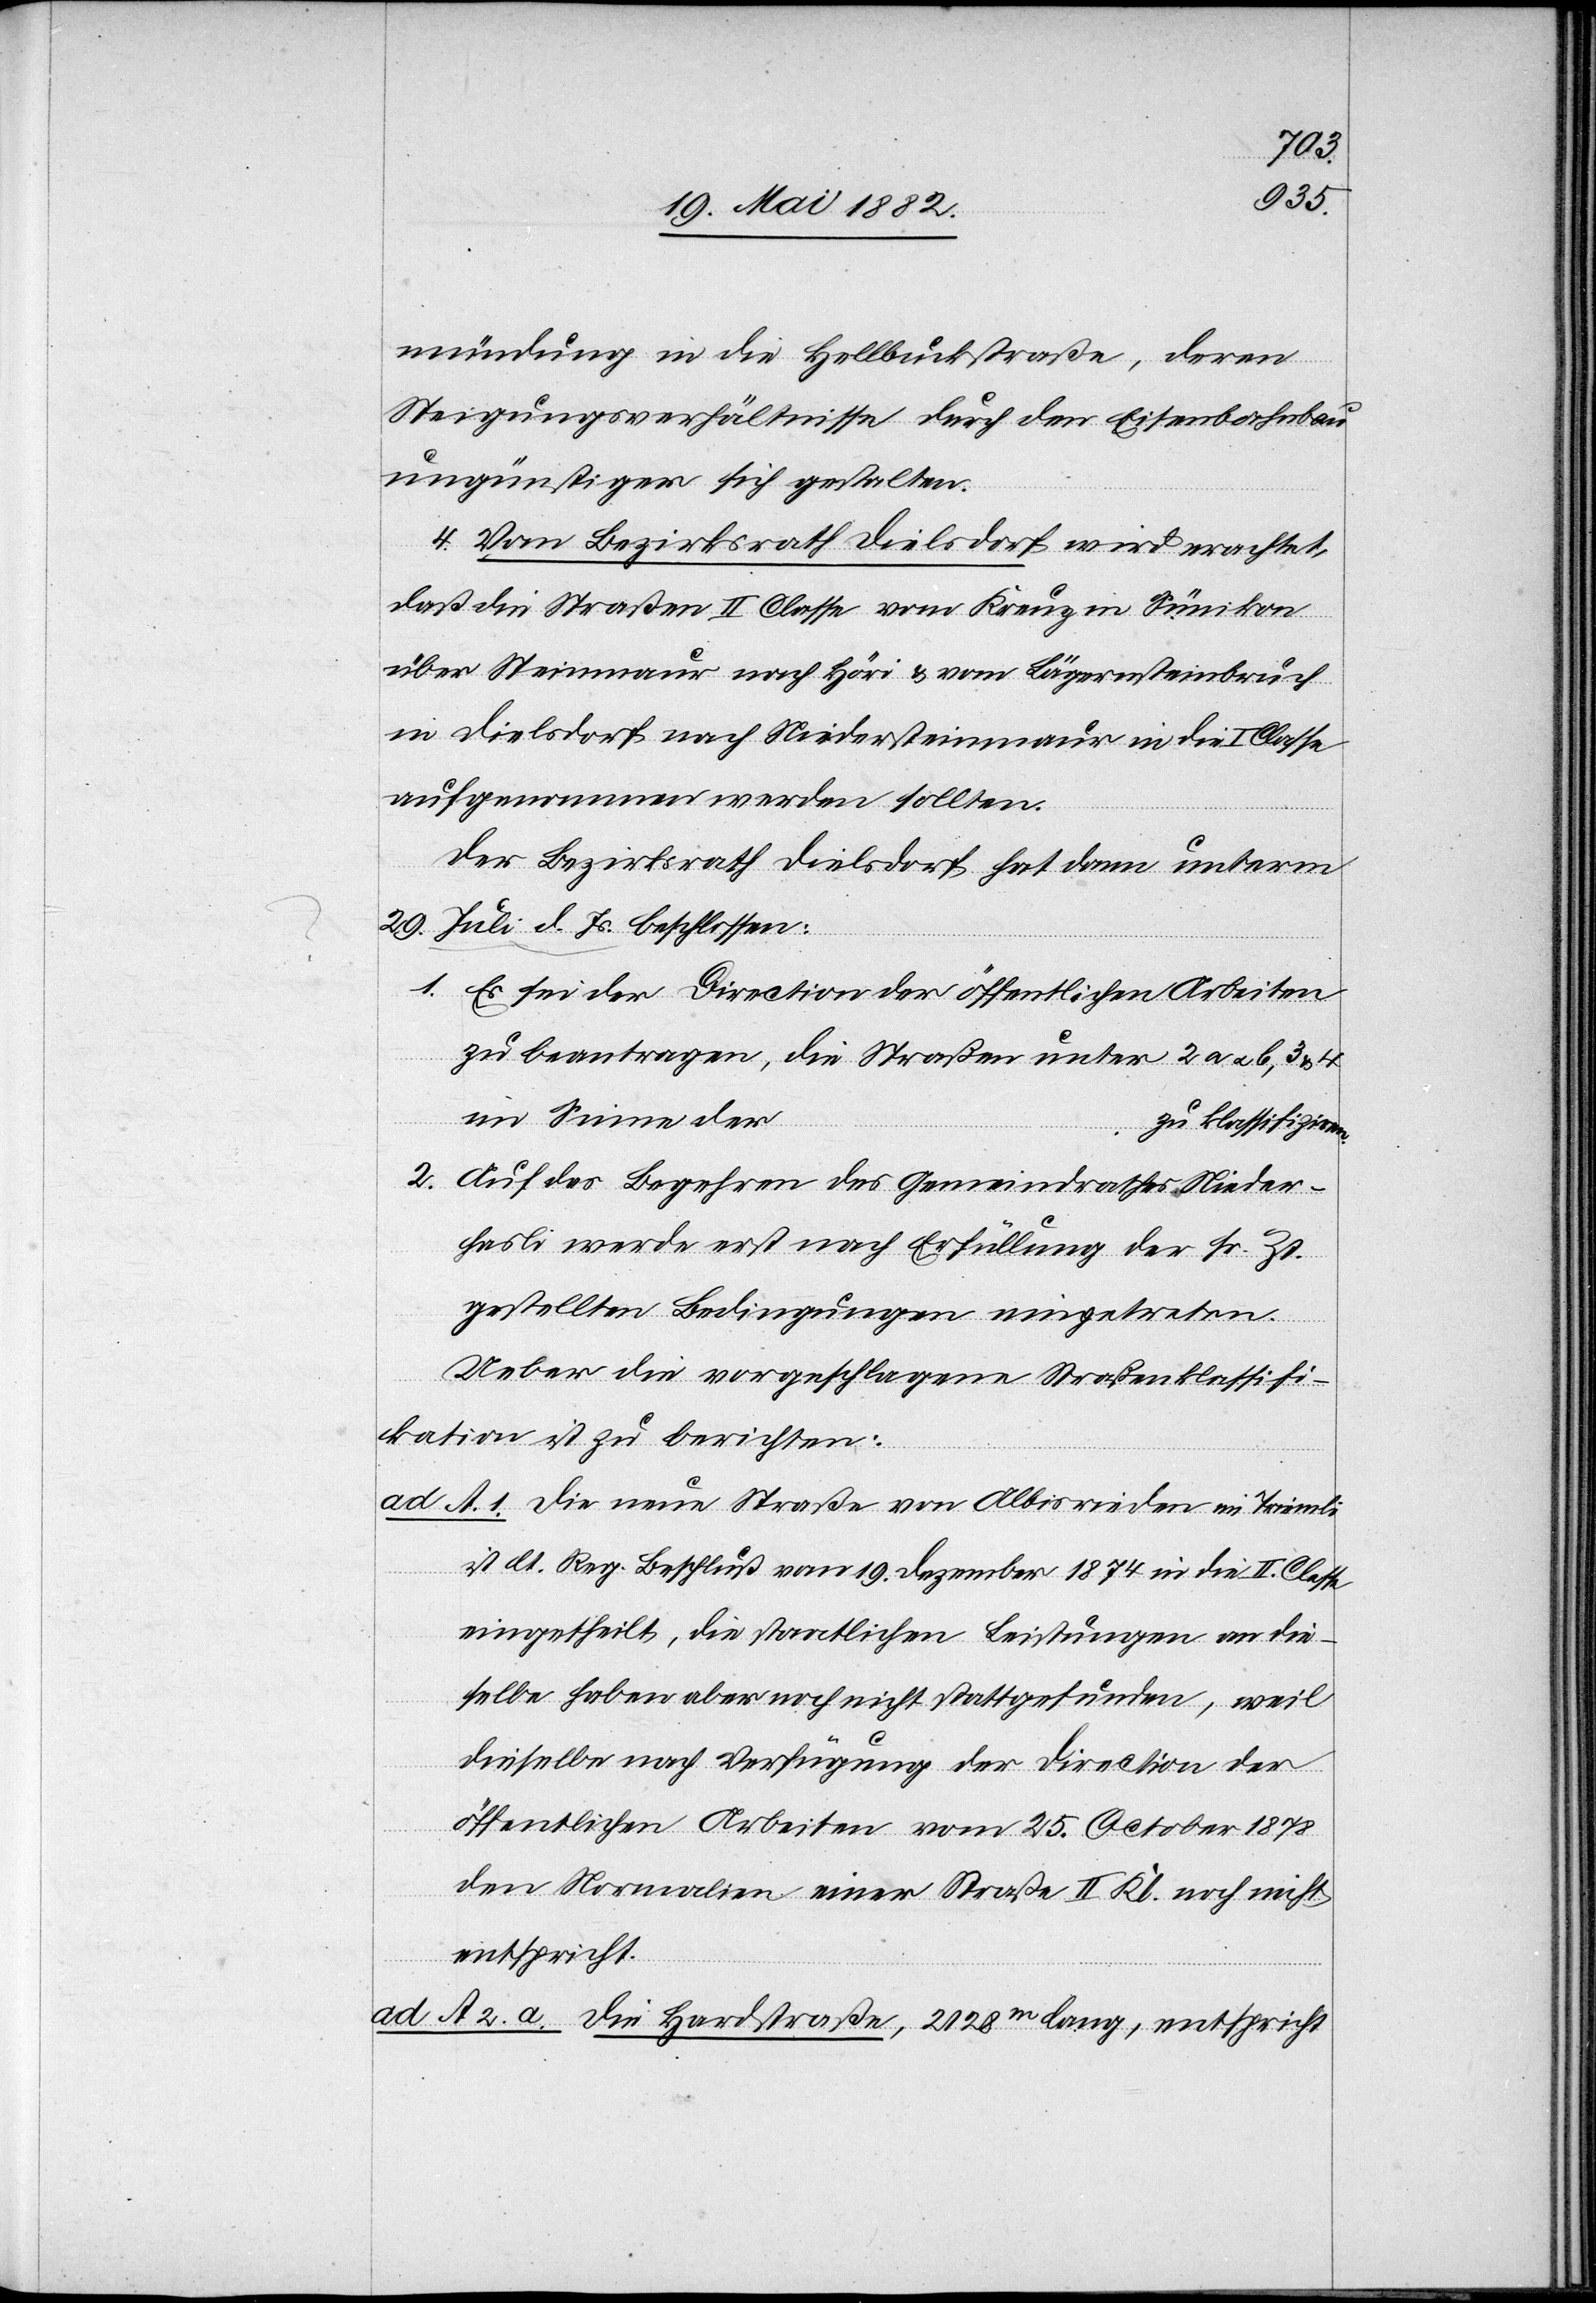
Js.
mündung in die Hellbuckstraße, deren
Steigungsverhältnisse durch den Eisenbahnbau
ungünstiger sich gestalten.
4. Vom Bezirksrath Dielsdorf wird erachtet,
daß die Straßen II. Classe vom Kreuz in Sünikon
über Steinmaur nach Höri & vom Bürgersteinbruch
in Dielsdorf nach Niedersteinmaur in die I. Classe
aufgenommen werden sollten.
Der Bezirksrath Dielsdorf hat dann unterm
1. Es sei der Direction der öffentlichen Arbeiten
zu beantragen, die Straßen unter 2a u. b, 3
im Sinne der
zu klassifiziren.
2. Auf das Begehren des Gemeindrathes Nieder¬
hasli werde erst nach Erfüllung der sr. Zt.
gestellten Bedingungen eingetreten.
Ueber die vorgeschlagene Straßenklassifi¬
kation ist zu berichten:
ad A. 1. Die neue Straße von Albisrieden im Triemli
ist lt. Reg. Beschluß vom 19. Dezember 1874 in die II. Classe
eingetheilt, die staatlichen Leistungen an die¬
selbe haben aber noch nicht stattgefunden, weil
dieselbe nach Verfügung der Direction der
öffentlichen Arbeiten vom 25. October 1878
den Normalien einer Straße II. Kl. noch nicht
entspricht.
A. 2. a. Die Hardstraße, 2128m lang, entspricht